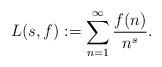
LaTeX: \begin{align*}L(s,f):=\sum_{n=1}^\infty \frac{f(n)}{n^s}.\end{align*}